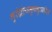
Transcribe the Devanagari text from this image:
गुरोर्द्रव्यमुपभुञ्जीत